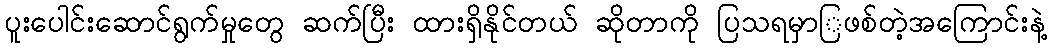
ပူးပေါင်းဆောင်ရွက်မှုတွေ ဆက်ပြီး ထားရှိနိုင်တယ် ဆိုတာကို ပြသရမှာြဖစ်တဲ့အကြောင်းနဲ့